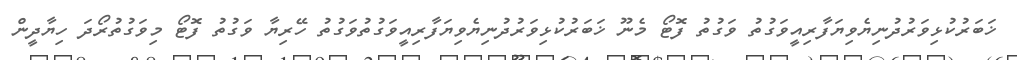
ޚަބަރުކުޅިވަރުދުނިޔެވިޔަފާރިއީވަގުތު ވަގުތު ފޮޓޯ މެނޫ ޚަބަރުކުޅިވަރުދުނިޔެވިޔަފާރިއީވަގުތުވަގުތު ހޭރިޔާ ވަގުތު ފޮޓޯ މިވަގުތުރޯދަ ހިޔާދީން